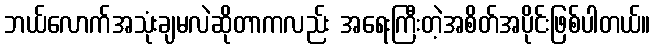
ဘယ်လောက်အသုံးချမလဲဆိုတာကလည်း အရေးကြီးတဲ့အစိတ်အပိုင်းဖြစ်ပါတယ်။